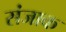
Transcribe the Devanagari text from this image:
संजाक